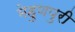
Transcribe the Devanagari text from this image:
मेहुणपुरी